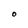
Character: O